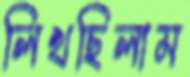
লিখছিলাম